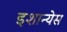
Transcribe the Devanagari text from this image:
इशान्येस